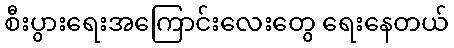
စီးပွားရေးအကြောင်းလေးတွေ ရေးနေတယ်